Leprosy in India: report of the Leprosy Commission in India, 1890-91
Year: 1890
Disease focus: Leprosy
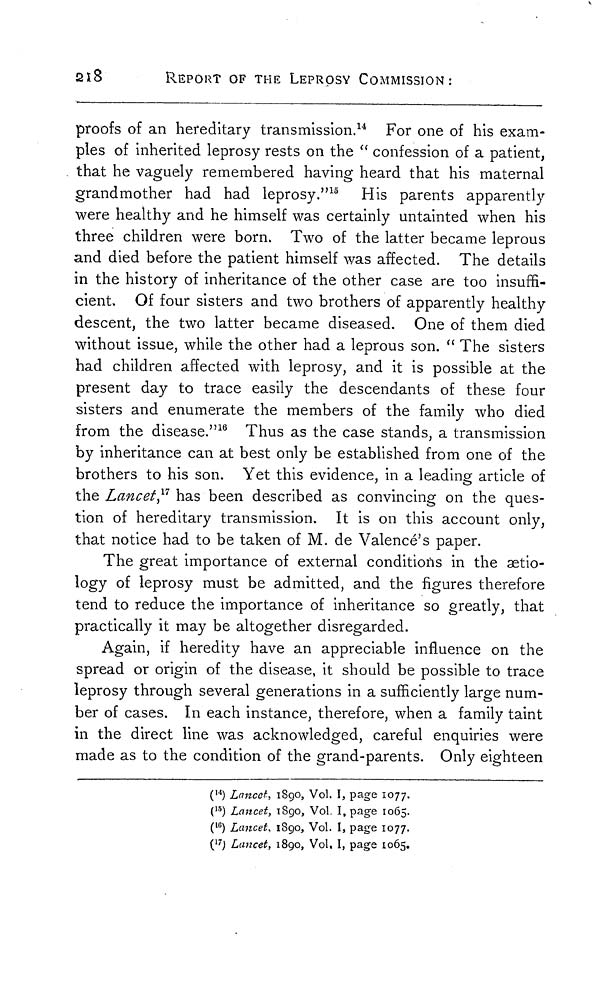
218
REPORT OF THE LEPROSY COMMISSION:
proofs of an hereditary transmission. 14 For one of his exam-
ples of inherited leprosy rests on the "confession of a patient,
that he vaguely remembered having heard that his maternal
grandmother had had leprosy." 15 His parents apparently
were healthy and he himself was certainly untainted when his
three children were born. Two of the latter became leprous
and died before the patient himself was affected. The details
in the history of inheritance of the other case are too insuffi-
cient. Of four sisters and two brothers of apparently healthy
descent, the two latter became diseased. One of them died
without issue, while the other had a leprous son. " The sisters
had children affected with leprosy, and it is possible at the
present day to trace easily the descendants of these four
sisters and enumerate the members of the family who died
from the disease." 16 Thus as the case stands, a transmission
by inheritance can at best only be established from one of the
brothers to his son. Yet this evidence, in a leading article of
the Lancet, 17 has been described as convincing on the ques-
tion of hereditary transmission. It is on this account only,
that notice had to be taken of M. de Valencé's paper.
The great importance of external conditions in the aetio-
logy of leprosy must be admitted, and the figures therefore
tend to reduce the importance of inheritance so greatly, that
practically it may be altogether disregarded.
Again, if heredity have an appreciable influence on the
spread or origin of the disease, it should be possible to trace
leprosy through several generations in a sufficiently large num-
ber of cases. In each instance, therefore, when a family taint
in the direct line was acknowledged, careful enquiries were
made as to the condition of the grand-parents. Only eighteen
( 14 ) Lancet, 1890, Vol. I, page 1077.
( 15 ) Lancet, 1890, Vol. I, page 1065.
( 16 ) Lancet, 1890, Vol. I, page 1077.
( 17 ) Lancet, 1890, Vol. I, page 1065.